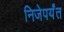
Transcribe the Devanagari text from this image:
निजेपर्यंत